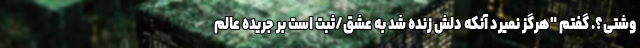
وشتی؟. گفتم "هرگز نمیرد آنکه دلش زنده شد به عشق/ثبت است بر جریده عالم